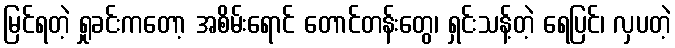
မြင်ရတဲ့ ရှုခင်းကတော့ အစိမ်းရောင် တောင်တန်းတွေ၊ ရှင်းသန့်တဲ့ ရေပြင်၊ လှပတဲ့